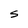
Character: S